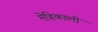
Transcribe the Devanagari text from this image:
मेहिकाली